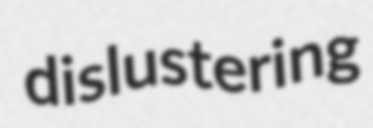
dislustering